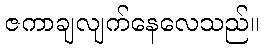
ဇကာချလျက်နေလေသည်။